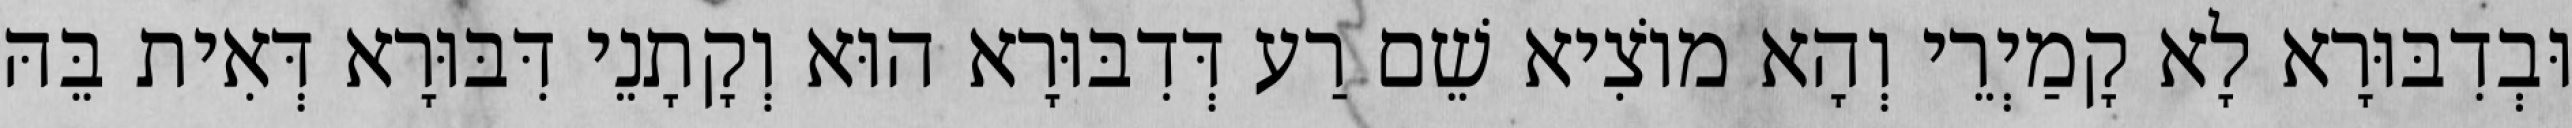
וּבְדִבּוּרָא לָא קָמַיְרֵי וְהָא מוֹצִיא שֵׁם רַע דְּדִבּוּרָא הוּא וְקָתָנֵי דִּבּוּרָא דְּאִית בֵּהּ